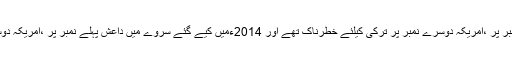
2013 ء میں ایک سروے کیا گیا اس میں اسرائیل پہلے نمبر پر ،امریکہ دوسرے نمبر پر ترکی کیلئے خطرناک تھے اور 2014ءمیں کیے گئے سروے میں داعش پہلے نمبر پر ،امریکہ دوسرے اور اسرائیل تیسرے نمبر پر خطرہ شمار کیا گیا ہے۔